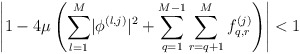
\begin{align*} \left\lvert 1-4 \mu\left(\sum_{l=1}^{M}\lvert\phi^{\left(l,j\right)}\rvert^2+\sum_{q=1}^{M-1}\sum_{r=q+1}^{M}f_{q,r}^{\left(j\right)}\right)\right\rvert<1\end{align*}